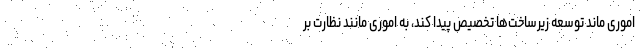
اموری ماند توسعه زیرساخت‌ها تخصیص پیدا کند، به اموری مانند نظارت بر